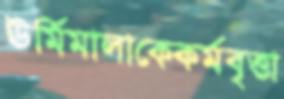
ঊর্মিমালাকেকর্মবৃত্তা